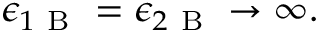
\epsilon _ { 1 \mathrm { ~ B ~ } } = \epsilon _ { 2 \mathrm { ~ B ~ } } \rightarrow \infty .